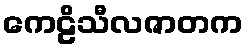
ကေဠိသီလဇာတက